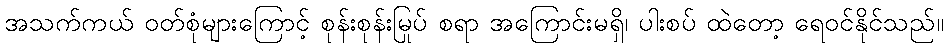
အသက်ကယ် ဝတ်စုံများကြောင့် စုန်းစုန်းမြုပ် စရာ အကြောင်းမရှိ၊ ပါးစပ် ထဲတော့ ရေဝင်နိုင်သည်။